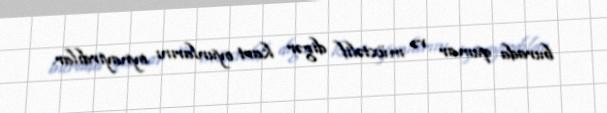
burada qumar və müxtəlif digər kart oyunlarını oynayırdılar.